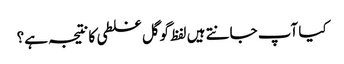
کیا آپ جانتے ہیں لفظ گوگل غلطی کا نتیجہ ہے؟